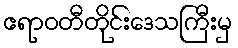
ဧရာဝတီတိုင်းဒေသကြီးမှ